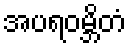
အပရဝမ္ဘိတံ